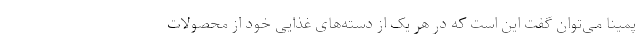
پمینا می‌توان گفت این است که در هر یک از دسته‌های غذایی خود از محصولات